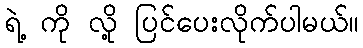
ရဲ့ ကို လို့ ပြင်ပေးလိုက်ပါမယ်။